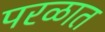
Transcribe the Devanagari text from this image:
परळात